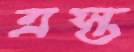
ত্রস্ত